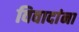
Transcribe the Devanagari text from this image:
विवादांना